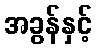
အခွန်နှင့်